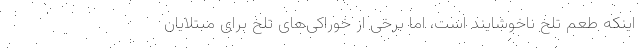
اینکه طعم تلخ ناخوشایند است، اما برخی از خوراکی‌های تلخ برای مبتلایان